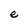
Character: e